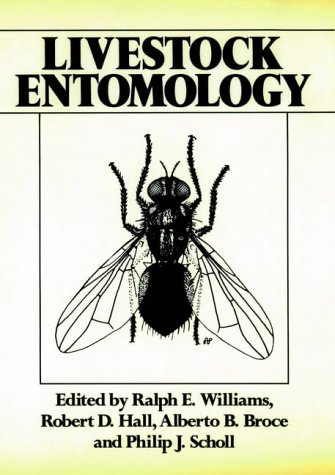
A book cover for Livestock Entomology; Medical Books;